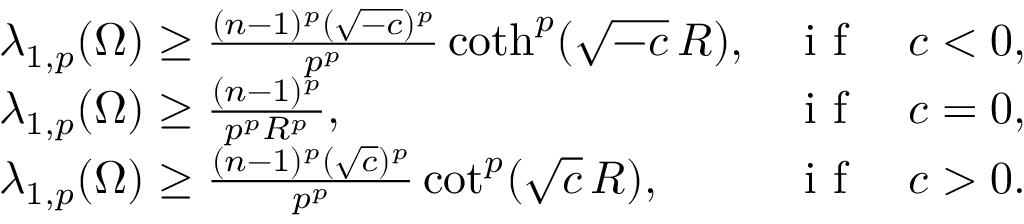
\begin{array} { l l l } { \medskip \lambda _ { 1 , p } ( \Omega ) \geq \frac { ( n - 1 ) ^ { p } ( \sqrt { - c } ) ^ { p } } { p ^ { p } } \coth ^ { p } ( \sqrt { - c } \, R ) , } & { \textrm { i f } } & { c < 0 , } \\ { \medskip \lambda _ { 1 , p } ( \Omega ) \geq \frac { ( n - 1 ) ^ { p } } { p ^ { p } R ^ { p } } , } & { \textrm { i f } } & { c = 0 , } \\ { \lambda _ { 1 , p } ( \Omega ) \geq \frac { ( n - 1 ) ^ { p } ( \sqrt c ) ^ { p } } { p ^ { p } } \cot ^ { p } ( \sqrt c \, R ) , } & { \textrm { i f } } & { c > 0 . } \end{array}